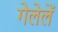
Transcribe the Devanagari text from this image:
गेलेलें